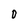
Character: 0